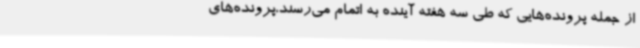
از جمله پرونده‌هایی که طی سه هفته آینده به اتمام می‌رسند،پرونده‌های